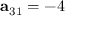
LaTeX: \mathbf { a } _ { 3 1 } = - 4